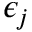
\epsilon _ { j }